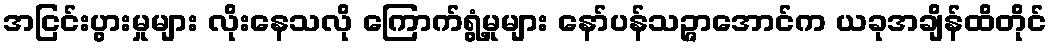
အငြင်းပွားမှုများ လိုးနေသလို ကြောက်ရွံ့မှုများ နော်ပန်သဉ္ဇာအောင်က ယခုအချိန်ထိတိုင်